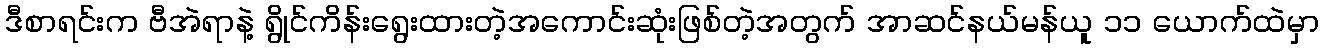
ဒီစာရင်းက ဗီအဲရာနဲ့ ရွိုင်ကိန်းရွေးထားတဲ့အကောင်းဆုံးဖြစ်တဲ့အတွက် အာဆင်နယ်မန်ယူ ၁၁ ယောက်ထဲမှာ